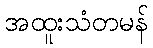
အထူးသံတမန်